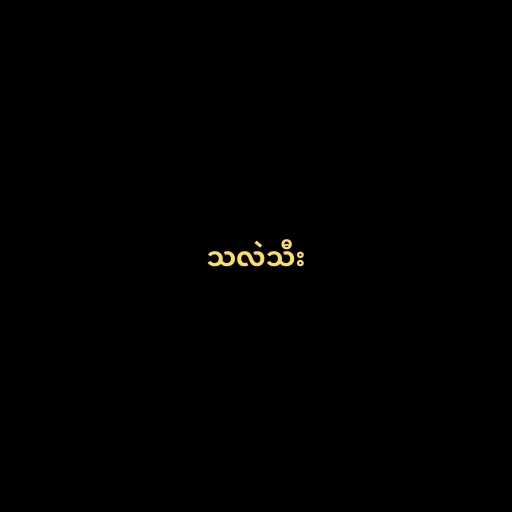
သလဲသီး